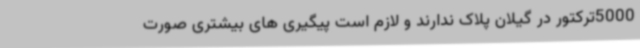
5000ترکتور در گیلان پلاک ندارند و لازم است پیگیری های بیشتری صورت